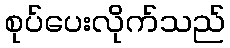
စုပ်ပေးလိုက်သည်